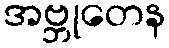
အဗ္ဘုတေန